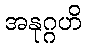
အနုဂ္ဂဟိ